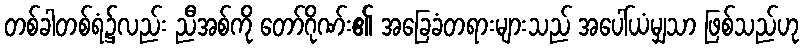
တစ်ခါတစ်ရံ၌လည်း ညီအစ်ကို တော်ဂိုဏ်း၏ အခြေခံတရားများသည် အပေါ်ယံမျှသာ ဖြစ်သည်ဟု